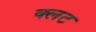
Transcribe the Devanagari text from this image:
क्लट